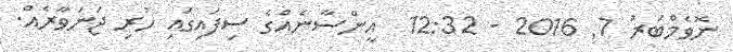
ނޮވެމްބަރު 7